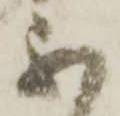
不